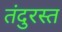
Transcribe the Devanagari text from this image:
तंदुरस्त